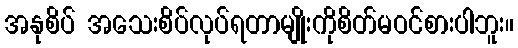
အနုစိပ် အသေးစိပ်လုပ်ရတာမျိုးကိုစိတ်မဝင်စားပါဘူး။